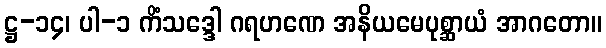
ဋ္ဌ-၁၄၊ ပါ-၁ ကိံသဒ္ဒေါ ဂရဟဏေ အနိယမေပုစ္ဆာယံ အာဂတော။